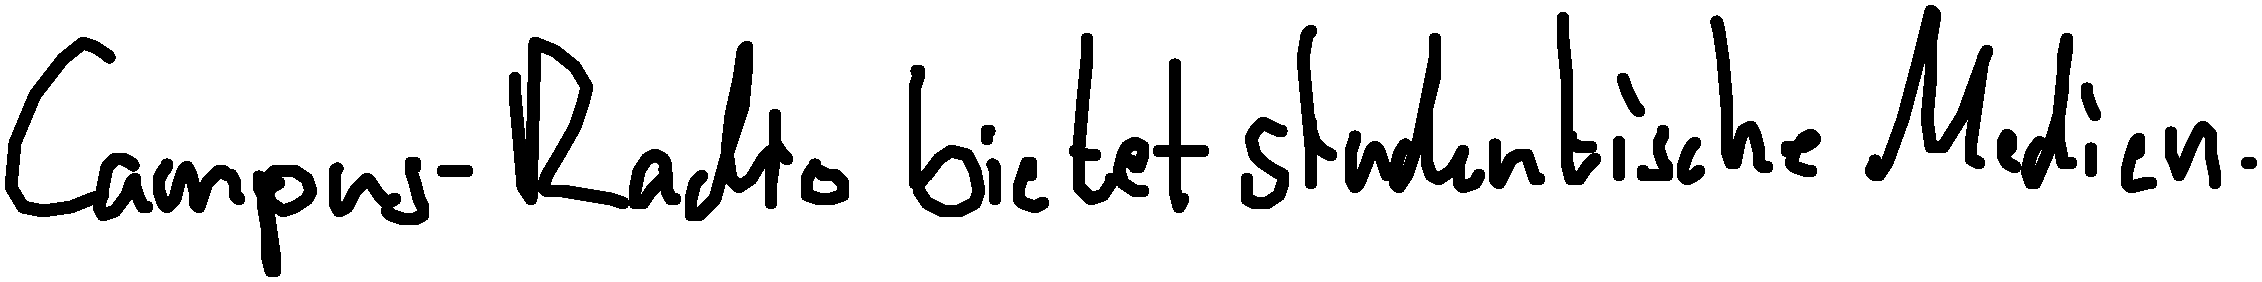
Campus-Radio bietet studentische Medien.